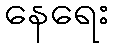
နေရေး